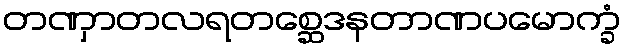
တဏှာတလရတစ္ဆေဒနတာဏပမောက္ခံ